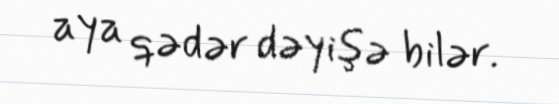
aya qədər dəyişə bilər.